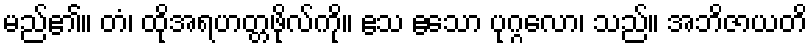
မည်၏။ တံ၊ ထိုအရဟတ္တဖိုလ်ကို။ ဧသ ဧသော ပုဂ္ဂလော၊ သည်။ အဘိဇာယတိ